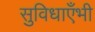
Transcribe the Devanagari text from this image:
सुविधाएँभी